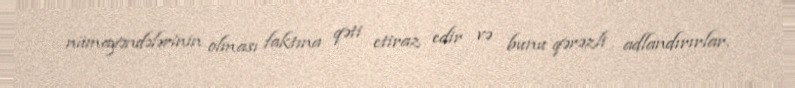
nümayəndələrinin olması faktına qəti etiraz edir və bunu qərəzli adlandırırlar.